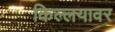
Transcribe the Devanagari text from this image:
किल्लयावर